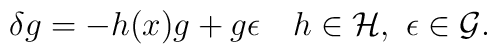
\delta g = - h (x) g + g \epsilon \quad h\in {\cal H}, \  \epsilon\in {\cal G}.